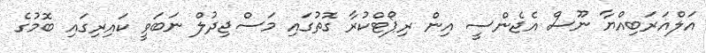
އަލްއަރަބިއްޔާ ނޫސް އެޖެންސީ އިން ރިޕޯޓްކުރާ ގޮތުގައި މަސްޖިދުލް ނަބަވީ ކައިރިގައި ބޮމުގެ